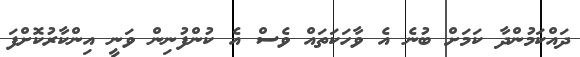
ދައްކަމުންދާ ކަމަށް ބުނެ އެ ވާހަކަތައް ވެސް އެ ކުންފުނިން ވަނީ އިންކާރުކޮށްފަ